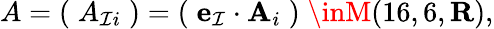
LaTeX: A=(\; A_{\mathcal{I}i}\; )=(\; {\mathbf{e}}_{\mathcal{I}}\cdot{\mathbf{A}}_{i}\; )\; \inM(16,6,{\mathbf{R}}),